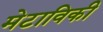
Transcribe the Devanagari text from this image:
मेटाविकी